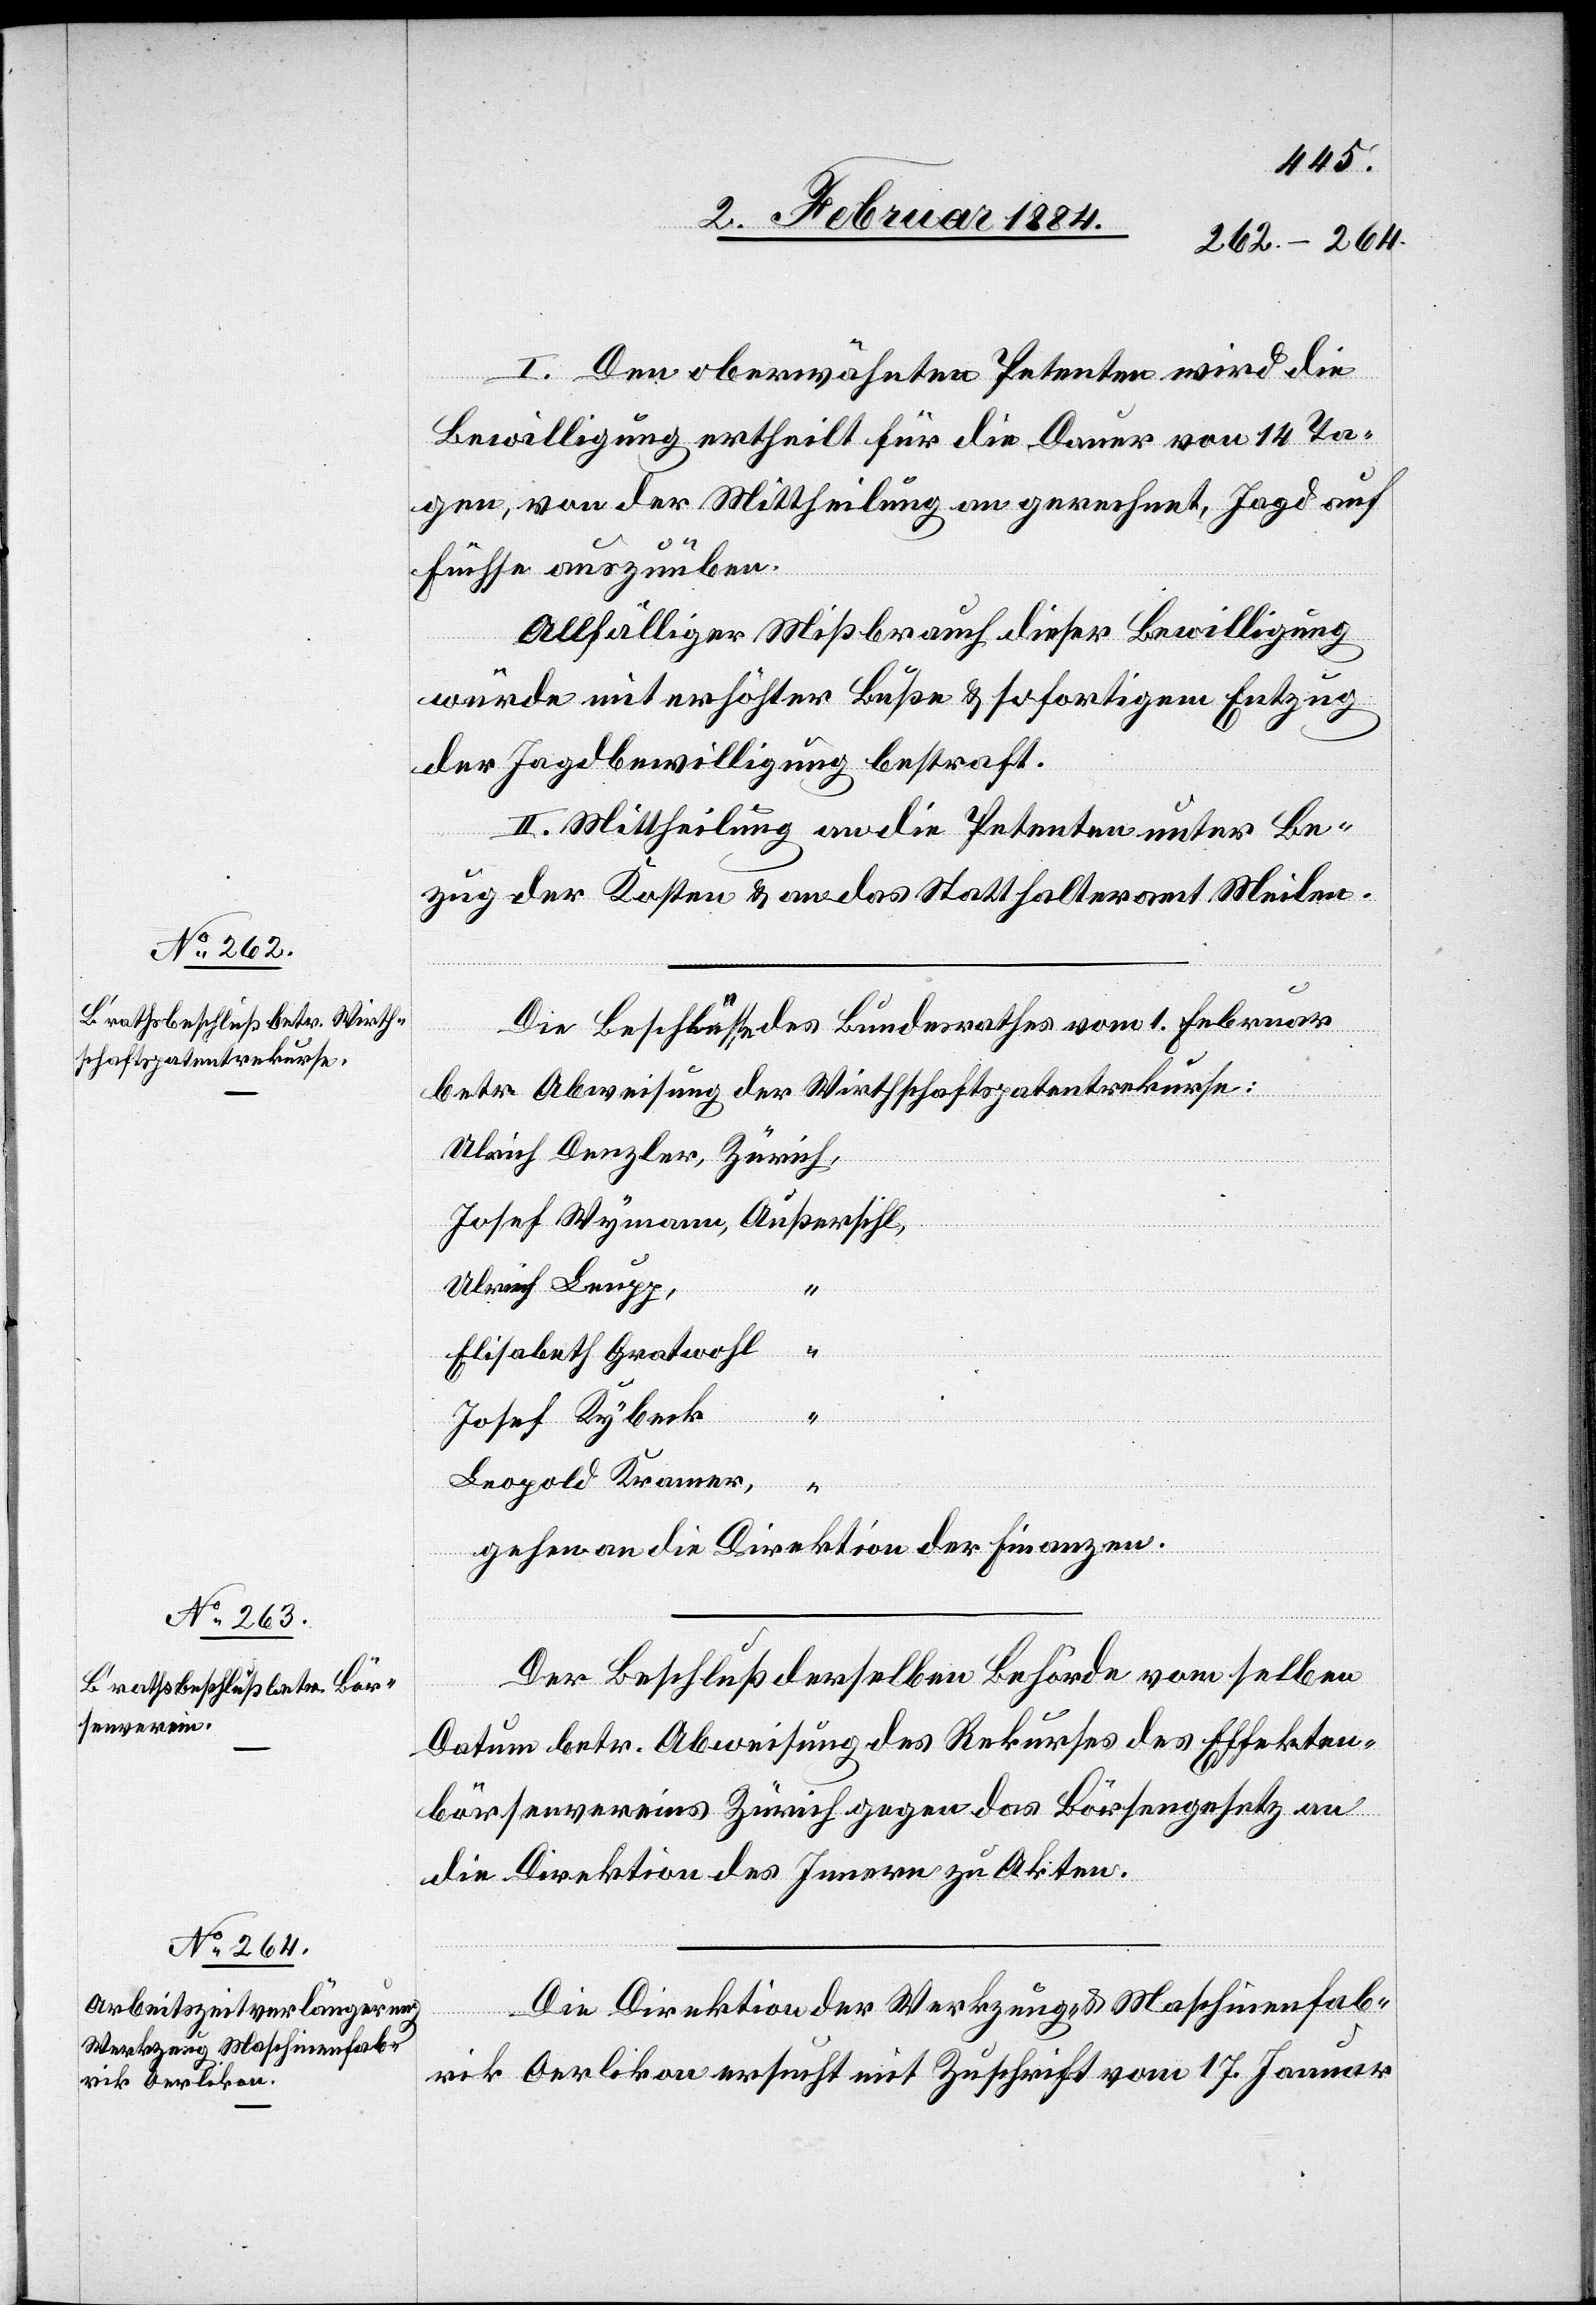
4. Februar 1884.]
I. Den oberwähnten Petenten wird die
Bewilligung ertheilt für die Dauer von 14 Ta¬
gen, von der Mittheilung an gerechnet, Jagd auf
Füchse auszuüben.
Allfälliger Mißbrauch dieser Bewilligung
würde mit erhöhter Buße & sofortigem Entzug
der Jagdbewilligung bestraft.
II. Mittheilung an die Petenten unter Be¬
zug der Kosten & an das Statthalteramt Meilen.
Die Beschlüsse des Bundesrathes vom 1. Februar
betr. Abweisung der Wirthschaftspatentrekurse:
Ulrich Leupp,
“
Elisabeth Gratwohl
[Fortsetzung RBB
“
Josef Kybeck
Leopold Krauer
“
gehen an die Direktion der Finanzen.
Der Beschluß derselben Behörde vom selben
Datum betr. Abweisung des Rekurses des Effekten¬
börsenvereins Zürich gegen das Börsengesetz an
die Direktion des Innern zu Akten.
Die Direktion der Werkzeug- & Maschinenfab¬
rik Oerlikon ersucht mit Zuschrift vom 17. Januar